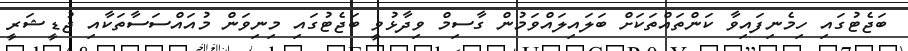
ބަޖެޓުގައި ހިމެނިފައިވާ ކަންތައްތަކަށް ބަލައިލައްވަމުން ގާސިމް ވިދާޅުވީ ބަޖެޓުގައި މިނިވަން މުއައްސަސާތަކާއި ޖުޑީޝަރީ